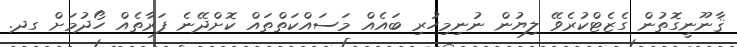
ޤާނޫނީގޮތުން ގެޒެޓްކުރެވޭ ލިޔުން ނުނިމިހުރި ބައެއް މަސައްކަތްތައް ކޮށްދޭނެ ފަރާތެއް ހޯދުމަށް ގދ.